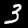
Digit: 3